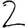
Digit: 2